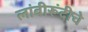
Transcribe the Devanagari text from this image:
लांबीरूंदीचे